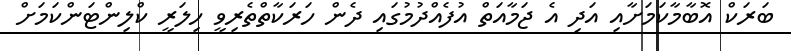
ބަރަކް އޮބާމާކަމަށާއި އަދި އެ ޖަމާއަތް އުފެއްދުމުގައި ދެން ހަރަކާތްތެރިވީ ހިލަރީ ކްލިންޓަންކަމަށް